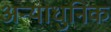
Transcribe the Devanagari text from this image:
अन्याधुनिक